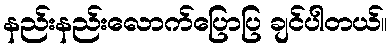
နည်းနည်းလောက်ပြောပြ ချင်ပါတယ်။